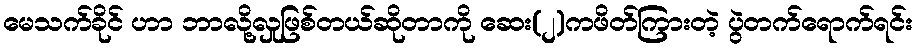
မေသက်ခိုင် ဟာ ဘာလို့လှုဖြစ်တယ်ဆိုတာကို ဆေး(၂)ကဖိတ်ကြားတဲ့ ပွဲတက်ရောက်ရင်း